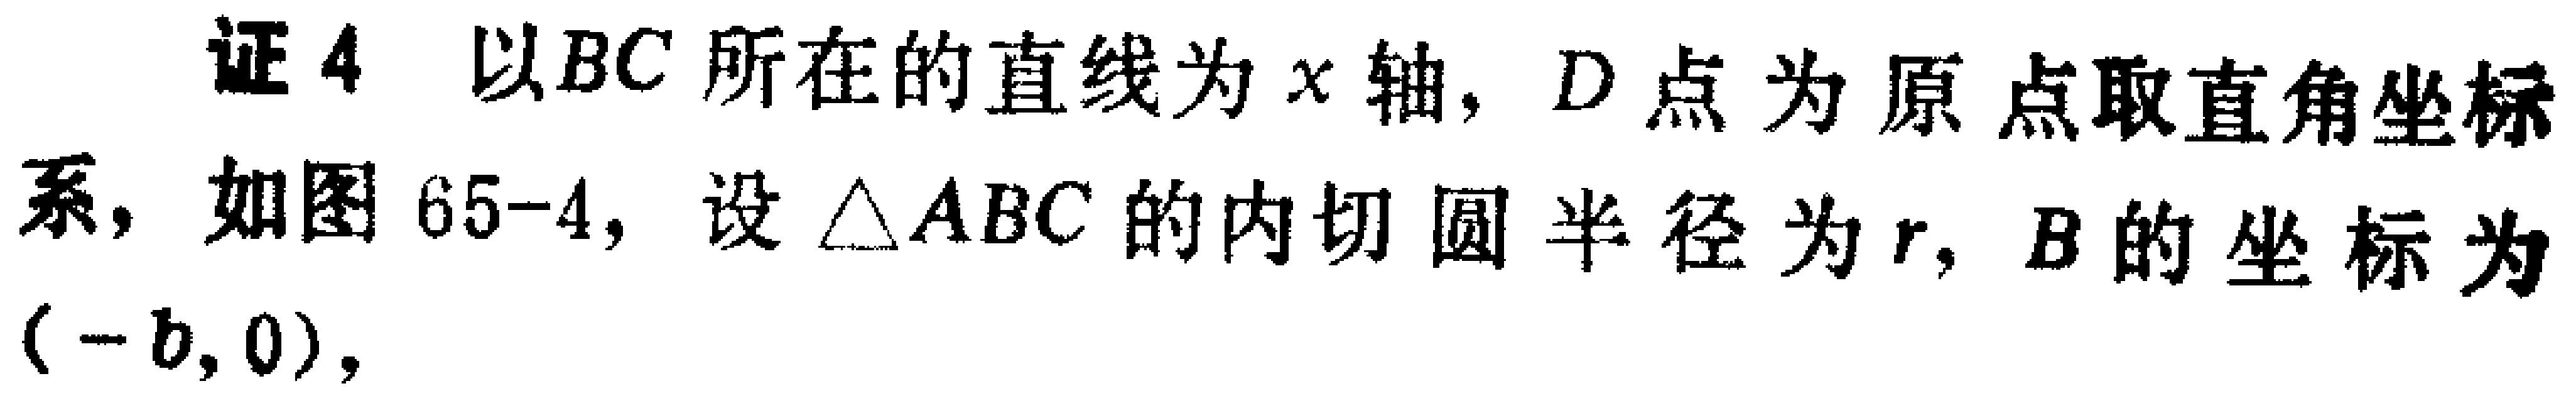
证4 以$BC$所在的直线为$x$轴，$D$点为原点取直角坐标系，如图65 - 4，设$\triangle ABC$的内切圆半径为$r$，$B$的坐标为$(-b,0)$，